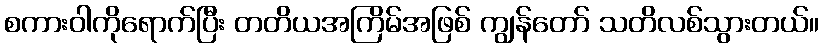
စကားဝါကိုရောက်ပြီး တတိယအကြိမ်အဖြစ် ကျွန်တော် သတိလစ်သွားတယ်။